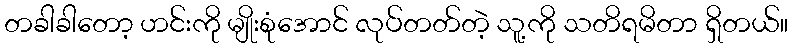
တခါခါတော့ ဟင်းကို မျိုးစုံအောင် လုပ်တတ်တဲ့ သူ့ကို သတိရမိတာ ရှိတယ်။